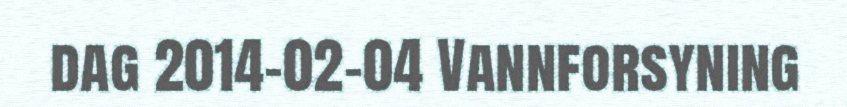
dag 2014-02-04 Vannforsyning